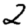
Digit: 2